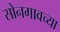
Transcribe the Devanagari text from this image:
सोनगावच्या